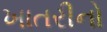
ખાતરીનો